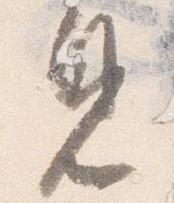
見